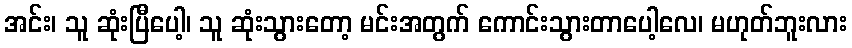
အင်း၊ သူ ဆုံးပြီပေါ့၊ သူ ဆုံးသွားတော့ မင်းအတွက် ကောင်းသွားတာပေါ့လေ၊ မဟုတ်ဘူးလား